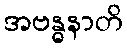
အဗန္ဓနာတိ